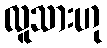
လူသားဟု